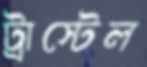
ট্রাস্টেল